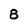
Character: 8